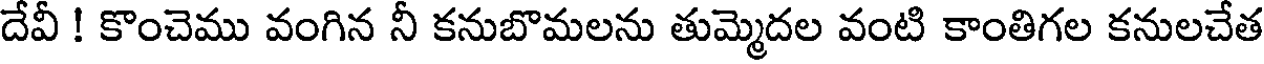
దేవీ ! కొంచెము వంగిన నీ కనుబొమలను తుమ్మెదల వంటి కాంతిగల కనులచేత